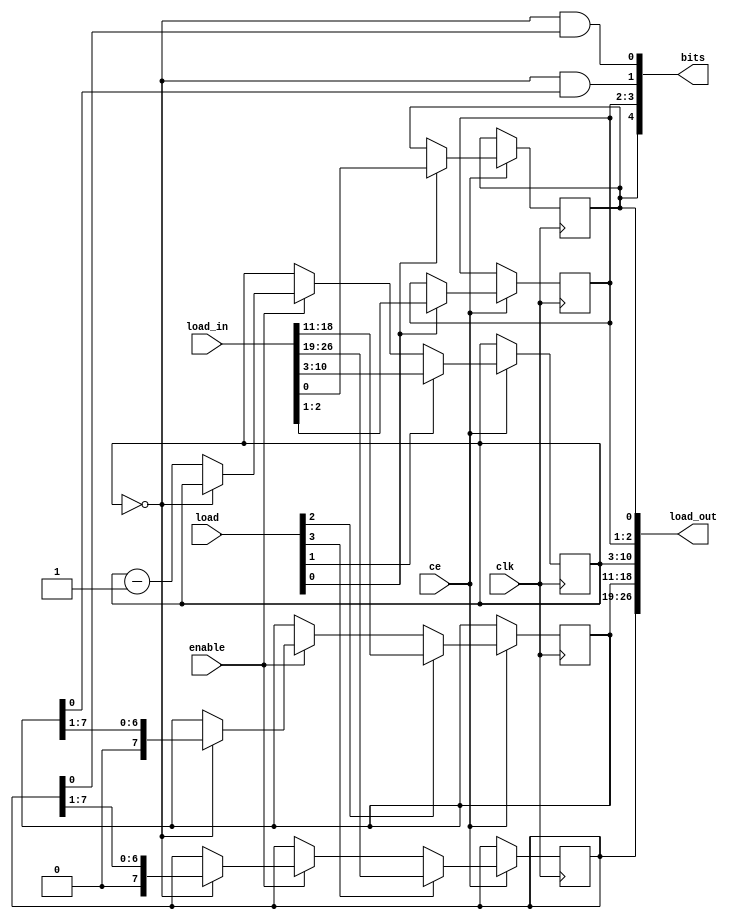
module Sprite(input clk, input ce,
              input enable,
              input [3:0] load, 
              input [26:0] load_in,
              output [26:0] load_out,
              output [4:0] bits); 
  reg [1:0] upper_color; 
  reg [7:0] x_coord;     
  reg [7:0] pix1, pix2;  
  reg aprio;             
  wire active = (x_coord == 0);
  always @(posedge clk) if (ce) begin
    if (enable) begin
      if (!active) begin
        x_coord <= x_coord - 8'h01;
      end else begin
        pix1 <= pix1 >> 1;
        pix2 <= pix2 >> 1;
      end
    end
    if (load[3]) pix1 <= load_in[26:19];
    if (load[2]) pix2 <= load_in[18:11];
    if (load[1]) x_coord <= load_in[10:3];
    if (load[0]) {upper_color, aprio} <= load_in[2:0];
  end
  assign bits = {aprio, upper_color, active && pix2[0], active && pix1[0]};
  assign load_out = {pix1, pix2, x_coord, upper_color, aprio};
endmodule